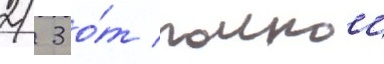
2/ 3 о́т полнои